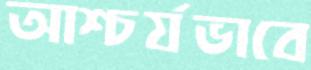
আশ্চর্যভাবে